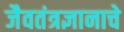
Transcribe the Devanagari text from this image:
जैवतंत्रज्ञानाचे